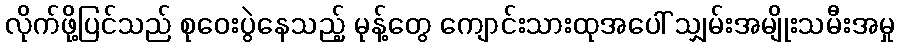
လိုက်ဖို့ပြင်သည် စုဝေးပွဲနေသည့် မုန့်တွေ ကျောင်းသားထုအပေါ် သျှမ်းအမျိုးသမီးအမှု